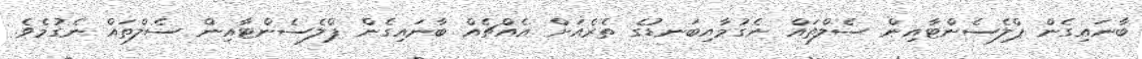
ބާނައިގެން ޕްލެސެންޓާއިން ސެލްތައް ނެގުމާއިބަނޑުގެ ތެރެއަށް އެއްޗެއް ބާނައިގެން ޕްލެސެންޓާއިން ސެލްތައް ނެގުމެވެ.